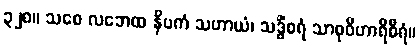
၃၂၈။ သစေ လဘေထ နိပကံ သဟာယံ၊ သဒ္ဓိံစရံ သာဓုဝိဟာရိဓီရံ။